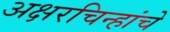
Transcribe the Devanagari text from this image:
अक्षरचिन्हांचे